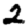
Digit: 2